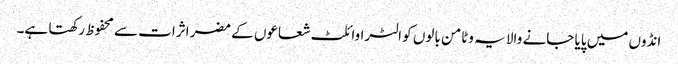
انڈوں میں پایا جانے والا یہ وٹامن بالوں کو الٹراوائلٹ شعاعوں کے مضر اثرات سے محفوظ رکھتا ہے۔